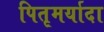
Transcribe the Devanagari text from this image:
पितृमर्यादा